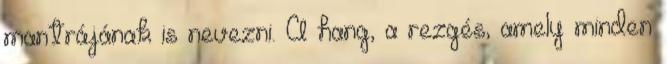
mantrájának is nevezni. A hang, a rezgés, amely minden